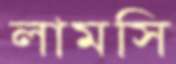
লামসি